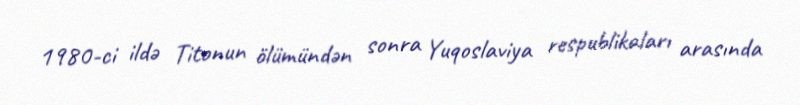
1980-ci ildə Titonun ölümündən sonra Yuqoslaviya respublikaları arasında